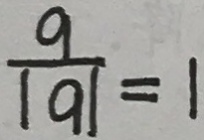
\frac { 9 } { \vert q \vert } = 1